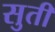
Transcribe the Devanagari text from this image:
सुतीं